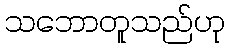
သဘောတူသည်ဟု